Mental hospitals Bombay report 1921-28 - 1921-1928
Year: 1921
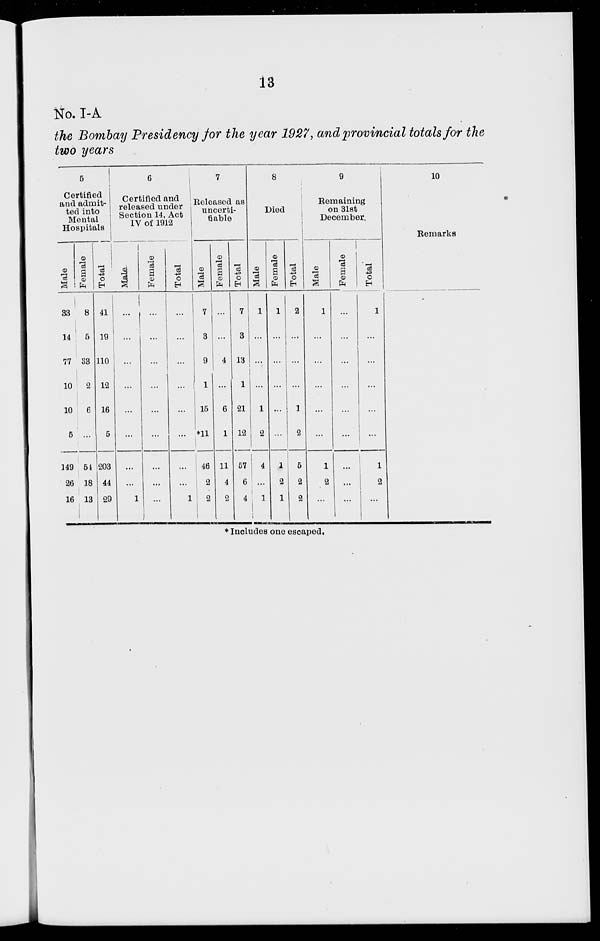
13
No. I-A
the Bombay Presidency for the year 1927, and provincial totals for the
two years
5
Certified
and admit-
ted into
Mental
Hospitals
Male
33
14
77
10
10
5
149
26
16
Female
8
5
33
2
6
...
54
18
13
Total
41
19
110
12
16
5
203
44
29
6
Certified and
released under
Section 14, Act
IV of 1912
Male.
...
...
...
...
...
...
...
...
1
Female
. . .
...
...
...
...
...
...
...
...
Total
...
...
...
...
...
...
...
...
1
7
Released as
uncerti¬
fiable
Male
7
3
9
1
l5
*11
46
2
2
Female
...
...
4
...
6
1
11
4
2
Total
7
3
13
1
21
12
57
6
4
8
Died
Male
1
...
...
...
1
2
4
...
1
Female
1
...
...
...
...
...
1
2
1
Total
2
...
...
...
1
2
5
2
2
9
Remaining
on 31st
December.
Male
1
...
...
...
...
...
1
2
...
Female
...
...
...
...
...
...
...
...
...
Total
1
...
...
...
...
...
1
2
...
10
Remarks
*Includes one escaped.